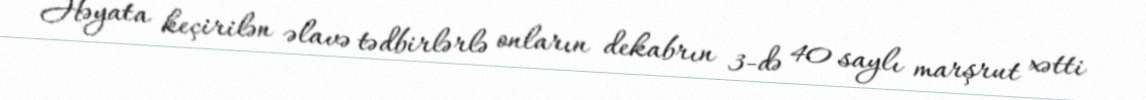
Həyata keçirilən əlavə tədbirlərlə onların dekabrın 3-də 40 saylı marşrut xətti